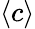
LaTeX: \langle c\rangle